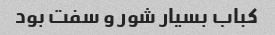
کباب بسیار شور و سفت بود